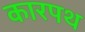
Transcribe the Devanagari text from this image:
कारपथ